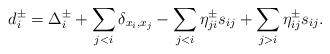
LaTeX: \begin{gather*}d_i^{\pm} =\Delta_i^{\pm} + \sum_{j < i} \delta_{x_i,x_j}- \sum_{j < i}\eta_{ji}^{\pm} s_{ij} + \sum_{j > i} \eta_{ij}^{\pm} s_{ij}.\end{gather*}